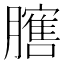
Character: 𱼡